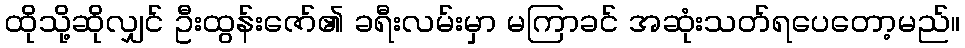
ထိုသို့ဆိုလျှင် ဦးထွန်းဇော်၏ ခရီးလမ်းမှာ မကြာခင် အဆုံးသတ်ရပေတော့မည်။